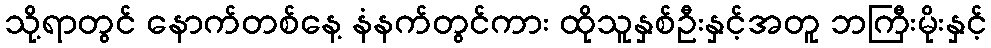
သို့ရာတွင် နောက်တစ်နေ့ နံနက်တွင်ကား ထိုသူနှစ်ဦးနှင့်အတူ ဘကြီးမိုးနှင့်